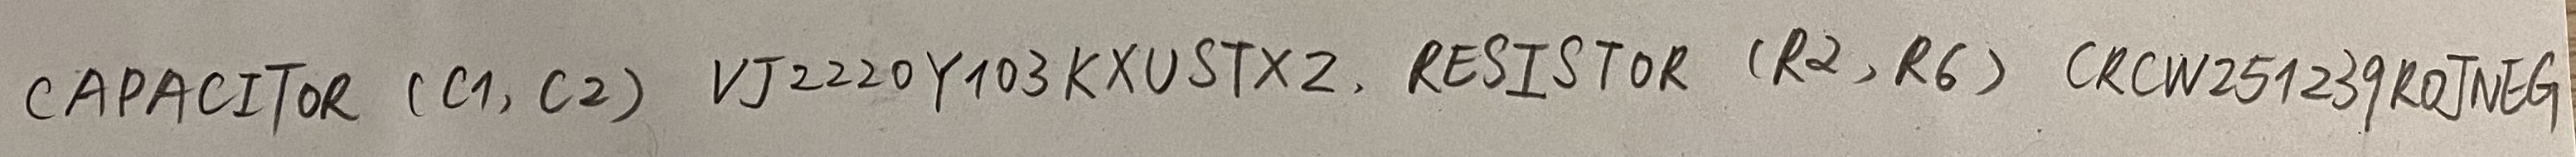
Text: CAPACITOR (C1, C2)  VJ2220Y103KXUSTX2 RESISTOR (R2, R6) CRCW251239ROJNEG